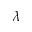
\displaystyle \lambda